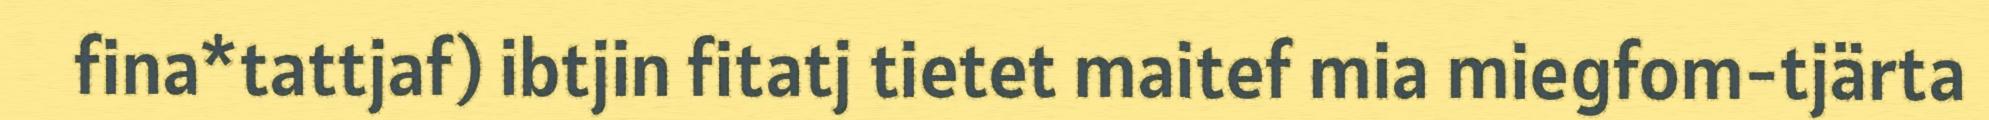
fina*tattjaf) ibtjin fitatj tietet maitef mia miegfom-tjärta